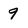
Character: 9